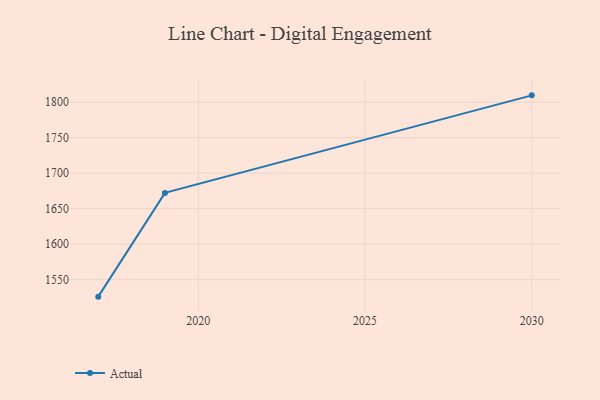
{"axis": {"x": "Year", "y": "Demand Index"}, "legend": ["Actual"], "data": [{"x": "2017", "y": 1526.0, "type": "Actual"}, {"x": "2019", "y": 1672.2, "type": "Actual"}, {"x": "2030", "y": 1809.6, "type": "Actual"}]}